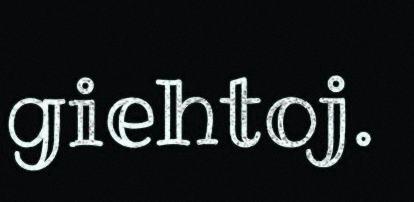
giehtoj.